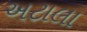
અટાલા